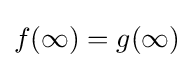
{\textstyle f(\infty )=g(\infty )}